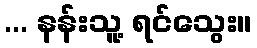
... နန်းသူ့ ရင်သွေး။